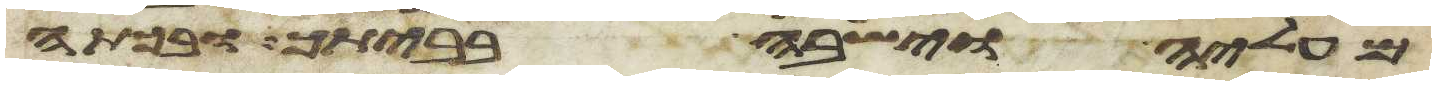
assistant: מעליה וישבה בביתך ובכתה